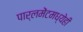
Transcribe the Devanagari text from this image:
पार्लमेंटमध्येही